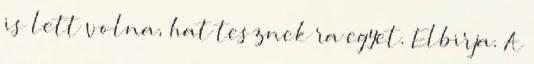
is lett volna, hat tesznek ra egyet. Elbirja. A